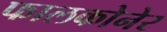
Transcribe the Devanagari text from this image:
फालकोनेर